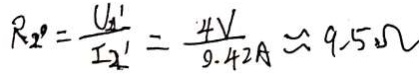
R _ { 2 ^ { \prime } } = \frac { U _ { x ^ { \prime } } } { I _ { 2 ^ { \prime } } } = \frac { 4 V } { 9 . 4 2 A } \approx 9 . 5 \Omega